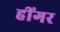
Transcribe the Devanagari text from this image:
हींगर